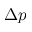
\Delta p